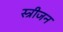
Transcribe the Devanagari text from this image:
स्त्रीजन